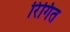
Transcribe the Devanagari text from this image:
रिंगित